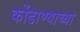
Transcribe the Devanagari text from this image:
कोंढाण्याच्या